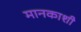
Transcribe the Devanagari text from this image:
मानकाशी